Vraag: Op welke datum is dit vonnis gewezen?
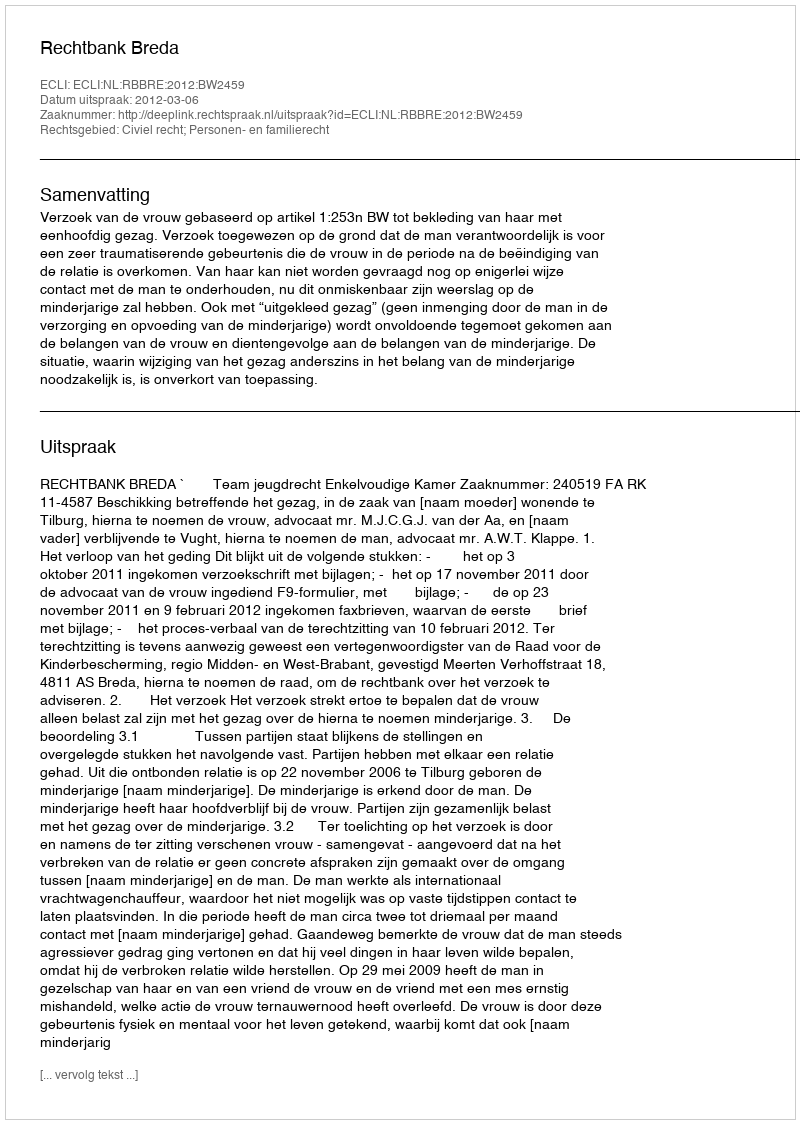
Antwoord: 2012-03-06